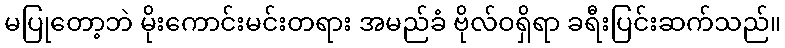
မပြုတော့ဘဲ မိုးကောင်းမင်းတရား အမည်ခံ ဗိုလ်ဝရှိရာ ခရီးပြင်းဆက်သည်။